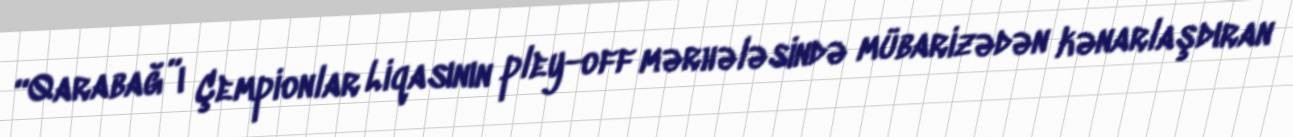
“Qarabağ”ı Çempionlar Liqasının pley-off mərhələsində mübarizədən kənarlaşdıran